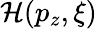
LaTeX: \mathcal{H}(p_{z},\xi)